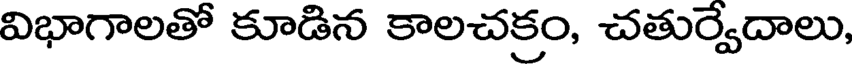
విభాగాలతో కూడిన కాలచక్రం, చతుర్వేదాలు,